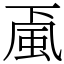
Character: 颪